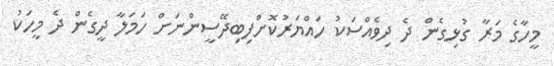
މީހާގެ މަރާ ގުޅިގެން ދެ ދިވެއްސަކު ހައްޔަރުކޮށްފިބިދޭސީންނަށް ހަމަލާ ދީގެން ދެ މީހަކު